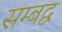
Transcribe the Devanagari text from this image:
सम्‍बद्व